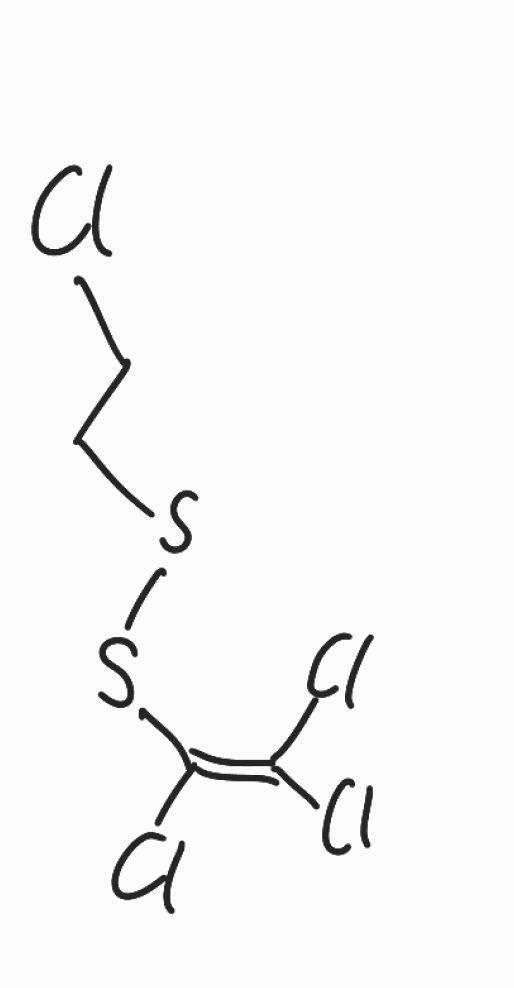
Simplified molecular-input line-entry system (SMILES) notation of the given molecule:
C(CCl)SSC(=C(Cl)Cl)Cl